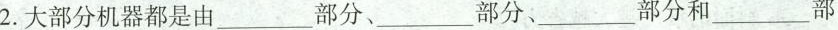
2.大部分机器都是由___部分、___部分、___部分和___部